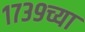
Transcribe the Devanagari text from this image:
१७३९च्या